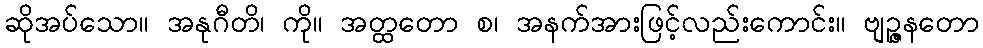
ဆိုအပ်သော။ အနုဂီတိ၊ ကို။ အတ္ထတော စ၊ အနက်အားဖြင့်လည်းကောင်း။ ဗျဉ္ဇနတော